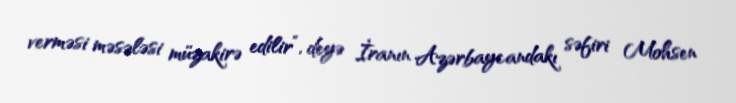
verməsi məsələsi müzakirə edilir”, deyə İranın Azərbaycandakı səfiri Mohsen